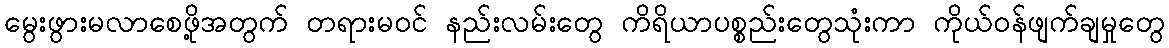
မွေးဖွားမလာစေဖို့အတွက် တရားမဝင် နည်းလမ်းတွေ ကိရိယာပစ္စည်းတွေသုံးကာ ကိုယ်ဝန်ဖျက်ချမှုတွေ